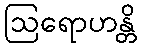
ဩရောဟန္တိ